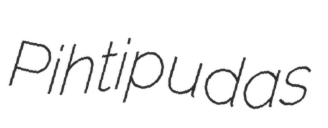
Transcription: Pihtipudas